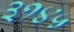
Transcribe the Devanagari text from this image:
३१४५